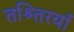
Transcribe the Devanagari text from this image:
तश्र्तिरयाँ